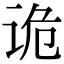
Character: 诡